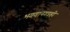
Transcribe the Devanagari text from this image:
भगवानगडही